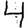
Digit: 4